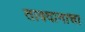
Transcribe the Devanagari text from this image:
तावदानाचा